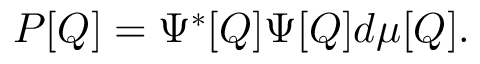
{ \cal P } [ Q ] = \Psi ^ { * } [ Q ] \Psi [ Q ] d \mu [ Q ] .